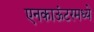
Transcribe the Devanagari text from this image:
एनकाऊंटरमध्ये